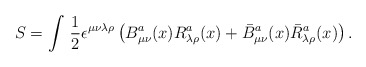
\begin{align*}S=\int\,\frac{1}{2}\epsilon^{\mu\nu\lambda\rho}\left ( B_{\mu\nu}^{a}(x)R_{\lambda\rho}^{a}(x) +\bar{ B}_{\mu\nu}^{a}(x)\bar{R}_{\lambda\rho}^{a}(x)\right).\end{align*}